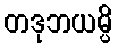
တဒုဘယမ္ပိ